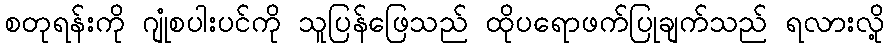
စတုရန်းကို ဂျုံစပါးပင်ကို သူပြန်ဖြေသည် ထိုပရောဖက်ပြုချက်သည် ရလားလို့